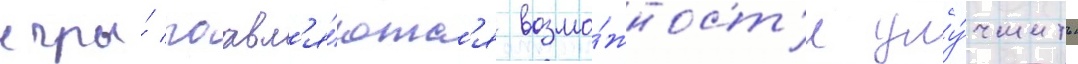
игры́ поавл'я́ютс'я возмо́жност'и улу́чшить